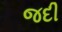
જદી